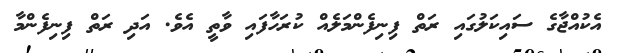
އެކުއްޖާގެ ސައިކަލުގައި ރަތް ފިނިފެންމަލެއް ކުރަހާފައި ވާތީ އެވެ. އަދި ރަތް ފިނިފެންމާ